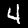
Label: 4